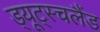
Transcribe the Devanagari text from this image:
ड्यूट्स्चलैंड